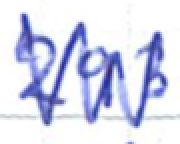
Text: 293
Cross-out: zig-zag
Writing tool: ballpoint